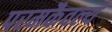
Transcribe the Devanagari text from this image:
परमकैवल्यं